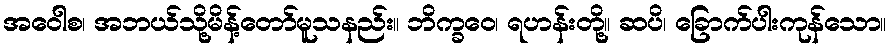
အဝေါစ၊ အဘယ်သို့မိန့်တော်မူသနည်း။ ဘိက္ခဝေ၊ ရဟန်းတို့။ ဆပိ၊ ခြောက်ပါးကုန်သော။